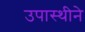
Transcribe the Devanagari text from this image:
उपास्थीने